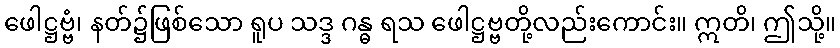
ဖေါဋ္ဌဗ္ဗံ၊ နတ်၌ဖြစ်သော ရူပ သဒ္ဒ ဂန္ဓ ရသ ဖေါဋ္ဌဗ္ဗတို့လည်းကောင်း။ ဣတိ၊ ဤသို့။